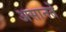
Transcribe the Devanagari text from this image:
असानते